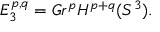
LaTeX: E _ { 3 } ^ { p , q } = G r ^ { p } H ^ { p + q } ( S ^ { 3 } ) .